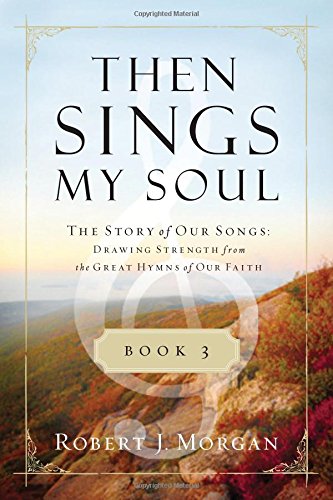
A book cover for Then Sings My Soul Book 3: The Story of Our Songs: Drawing Strength from the Great Hymns of Our Faith (Then Sings My Soul (Thomas Nelson)); Robert Morgan; Christian Books & Bibles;